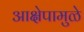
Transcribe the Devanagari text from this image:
आक्षेपामुळे